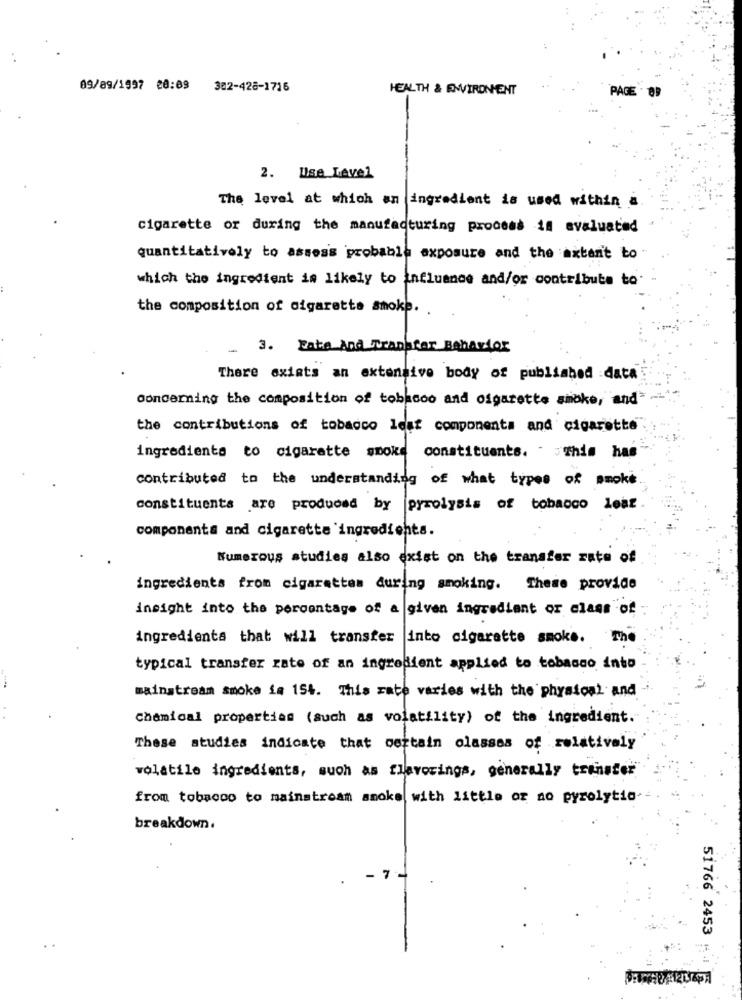
09/89/1997 20:09 302-428-1716
HEALTH & ENVIRONMENT
PAGE . 89
2. Use Level
The level at which an ingredient is used within
cigarette or during the manufacturing process in evaluated
quantitativoly to assess probable exposure and the extent to "
which the ingredient is likely to influance and/or contribute to.
the composition of cigarette smoke. .
- 3. Fate And Transfer Behavior
There exists an extensive body of published data
concerning the composition of tobacco and ofgarette smoke, and"
the contributions of tobacco lost components and cigarette
ingrediente to cigarette smoke
constituents. . This has
contributed to the understanding of what types of smoke
constituents are produced by pyrolysis of tobacco leaf
components and cigarette ingredients.
Numerous studies also exist on the transfer rate of
ingredients from cigarettes during smoking. These provide
insight into the percentage of a given ingredient or class of
ingredients that will transfer into cigarette smoke. The
typical transfer rate of an ingredient applied to tobacco into
mainstream smoke in 154. This rate varies with the physical and
.
Chemical properties (such as volatility) of the ingredient.
These studies indicate that certain classes of relatively
volatile ingredients, such as flavorings, generally transfer
from tobacco to mainstream smoke with little or no pyrolytio
breakdown.
- 7
51766 2453